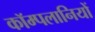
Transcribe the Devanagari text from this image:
कॉम्पलानियों